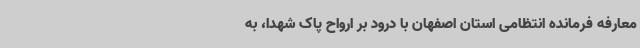
معارفه فرمانده انتظامی استان اصفهان با درود بر ارواح پاک شهدا، به